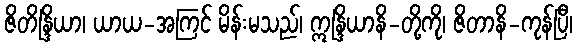
ဇိတိန္ဒြိယာ၊ ယာယ-အကြင် မိန်းမသည်၊ ဣန္ဒြိယာနိ-တို့ကို၊ ဇိတာနိ-ကုန်ပြီ၊